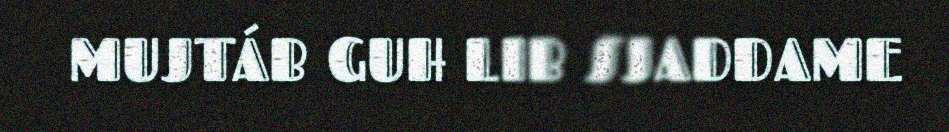
MUJTÁB GUH LIB SJADDAME